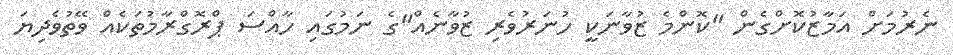
ނެރުމަށް އަމާޒުކޮށްގެން "ކޮންމެ ޒުވާނަކީ ހުނަރުވެރި ޒުވާނެއް"ގެ ނަމުގައި ހާއްސަ ޕްރޮގްރާމުތަކެއް ވޭތުވެދިޔަ